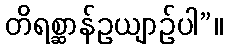
တိရစ္ဆာန်ဥယျာဉ်ပါ”။